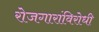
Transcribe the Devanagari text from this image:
रोजगारांविरोधी